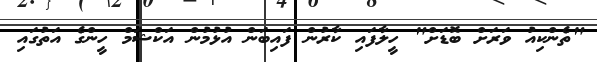
"ތެންކިއު ވަރަށް ބޮޑަށް" ހީލާފައި ކާރުން ފައިބަން އުޅުމުން އަކްޝަމް ހީންގެ އަތުގައި